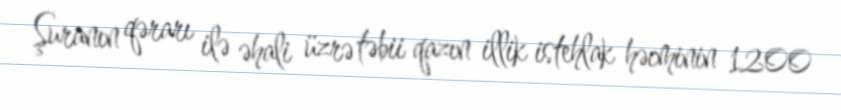
Şuranın qərarı ilə əhali üzrə təbii qazın illik istehlak həcminin 1200